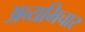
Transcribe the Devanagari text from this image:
अव्यभिचार